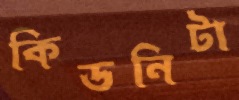
কিডনিটা